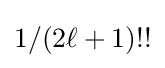
1/(2\ell +1)!!